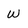
Character: w